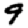
Digit: 9